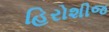
હિરોશીજ